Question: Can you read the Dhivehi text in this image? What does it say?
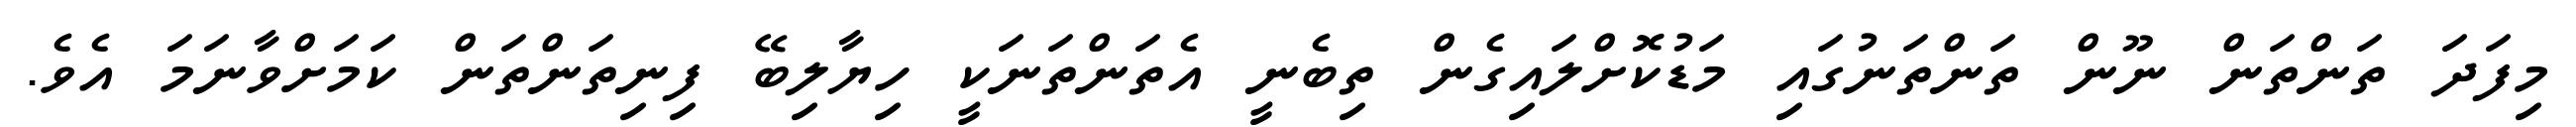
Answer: މިފަދަ ތަންތަން ނޫން ތަންތަނުގައި މަޑުކޮށްލައިގެން ތިބެނީ އެތަންތަނަކީ ހިޔާލިބޭ ފިނިތަންތަން ކަމަށްވާނަމަ އެވެ.